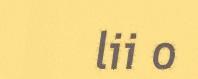
lii o